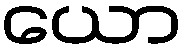
ယော